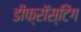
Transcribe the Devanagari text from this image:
डीफ्रॉस्टिंग